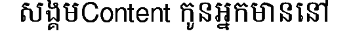
សង្គមContent កូនអ្នកមាននៅ